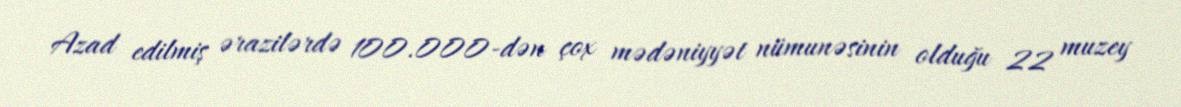
Azad edilmiş ərazilərdə 100.000-dən çox mədəniyyət nümunəsinin olduğu 22 muzey